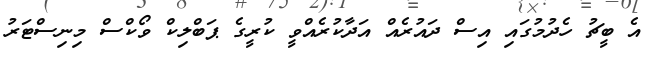
އެ ބީޗު ހެދުމުގައި އިސް ދައުރެއް އަދާކުރެއްވީ ކުރީގެ ޕަބްލިކް ވޯކްސް މިނިސްޓަރު